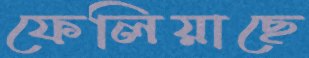
ফেলিয়াছে